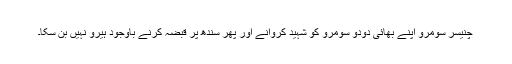
چنیسر سومرو اپنے بھائی دودو سومرو کو شہید کروانے اور پھر سندھ پر قبضہ کرنے باوجود ہیرو نہیں بن سکا۔